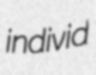
individ